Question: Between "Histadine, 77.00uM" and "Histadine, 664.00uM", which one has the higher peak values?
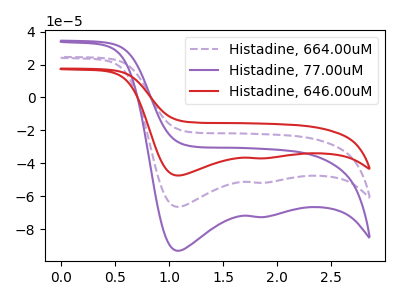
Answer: <think>The purple dashed curve "Histadine, 664.00uM" has cathodic peaks at (1.10V, -66.45uA) (1.80V, -51.80uA). The purple curve "Histadine, 77.00uM" has cathodic peaks at (1.10V, -93.10uA) (1.80V, -72.60uA). The red curve "Histadine, 646.00uM" has cathodic peaks at (1.10V, -132.85uA) (1.80V, -103.60uA).</think>
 <answer>Every peak in "Histadine, 77.00uM" is higher than every peak in "Histadine, 664.00uM".</answer>
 <eval>higher</eval>